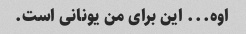
اوه... این برای من یونانی است.